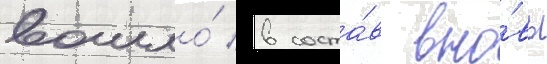
вошло́ в соста́в вно́вь